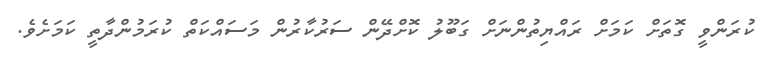
ކުރަންވީ ގޮތަށް ކަމަށް ރައްޔިތުންނަށް ގަބޫލު ކޮށްދޭން ސަރުކާރުން މަސައްކަތް ކުރަމުންދާތީ ކަމަށެވެ.